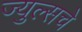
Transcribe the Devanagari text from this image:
ज्युल्सचे